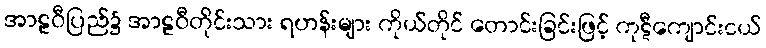
အာဠဝီပြည်၌ အာဠဝီတိုင်းသား ရဟန်းများ ကိုယ်တိုင် တောင်းခြင်းဖြင့် ကုဋီကျောင်းငယ်